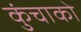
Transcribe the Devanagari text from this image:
कुंचाको